Sanitation, dispensaries and jails vaccination Rajputana 1922-1927 - 1922-1927
Year: 1922
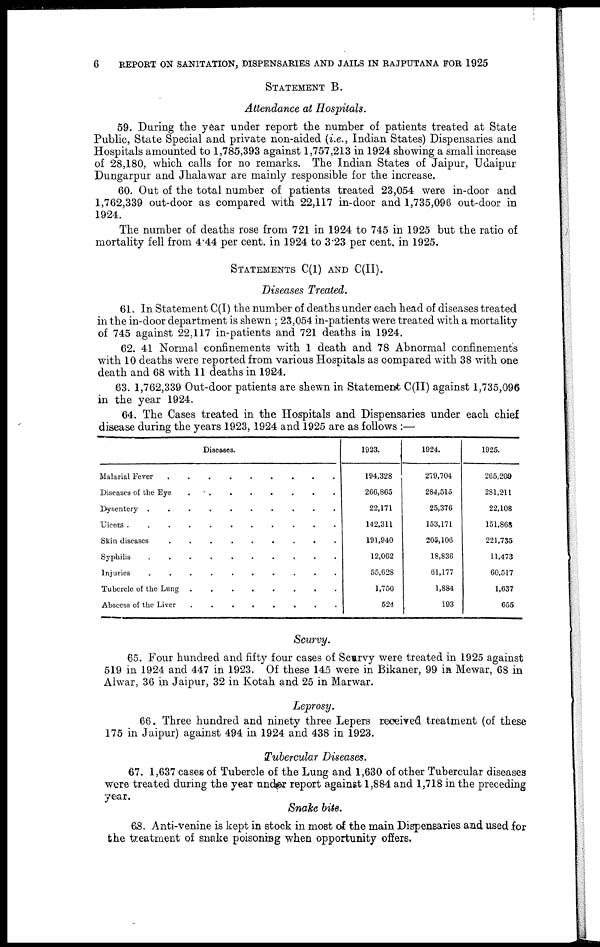
6
REPORT ON SANITATION, DISPENSARIES AND JAILS IN RAJPUTANA FOR 1925
STATEMENT B.
Attendance at Hospitals.
59. During the year under report the number of patients treated at State
Public, State Special and private non-aided (i.e., Indian States) Dispensaries and
Hospitals amounted to 1,785,393 against 1,757,213 in 1924 showing a small increase
of 28,180, which calls for no remarks. The Indian States of Jaipur, Udaipur
Dungarpur and Jhalawar are mainly responsible for the increase.
60. Out of the total number of patients treated 23,054 were in-door and
1,762,339 out-door as compared with 22,117 in-door and 1,735,096 out-door in
1924.
The number of deaths rose from 721 in 1924 to 745 in 1925 but the ratio of
mortality fell from 4.44 per cent. in 1924 to 3.23 per cent. in 1925.
STATEMENTS C(I) AND C(II).
Diseases Treated.
61. In Statement C(I) the number of deaths under each head of diseases treated
in the in-door department is shewn ; 23,054 in-patients were treated with a mortality
of 745 against 22,117 in-patients and 721 deaths in 1924.
62. 41 Normal confinements with 1 death and 78 Abnormal confinements
with 10 deaths were reported from various Hospitals as compared with 38 with one
death and 68 with 11 deaths in 1924.
63. 1,762,339 Out-door patients are shewn in Statement C(II) against 1,735,096
in the year 1924.
64. The Cases treated in the Hospitals and Dispensaries under each chief
disease during the years 1923, 1924 and 1925 are as follows :—
Diseases.
1923.
194,328
266,865
22,171
142,311
191,940
12,062
55,628
1,750
524
1924.
279,704
284,515
25,376
153,171
205,106
18,836
61,177
1,884
193
1925.
265,209
281,211
22,108
151,868
221,735
11,473
60,317
1,637
655
Scurvy.
65. Four hundred and fifty- four cases of Scurvy were treated in 1925 against
519 in 1924 and 447 in 1923. Of these 145 were in Bikaner, 99 in Mewar, 68 in
Alwar, 36 in Jaipur, 32 in Kotah and 25 in Marwar.
Leprosy.
66. Three hundred and ninety three Lepers received treatment (of these
175 in Jaipur) against 494 in 1924 and 438 in 1923.
Tubercular Diseases.
67. 1,637 cases of Tubercle of the Lung and 1,630 of other Tubercular diseases
were treated during the year under report against 1,884 and 1,718 in the preceding
year.
Snake bite.
68. Anti-venine is kept in stock in most of the main Dispensaries and used for
the treatment of snake poisoning when opportunity offers.